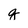
Character: q